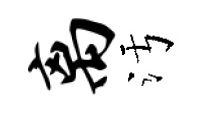
离污